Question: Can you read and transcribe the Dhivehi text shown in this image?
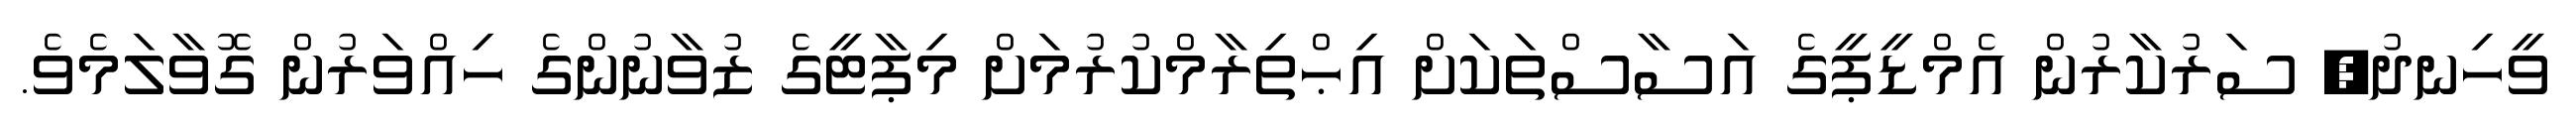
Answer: ވީހިނދު, ސަރުކާރުން އެމްޑީޕީގެ އަސާސްތަކަށް އިޙްތިރާމްކުރުމަށް މިޕާޓީގެ ޒުވާނުންގެ ހިއްވަރުން ގޮވާލަމެވެ.